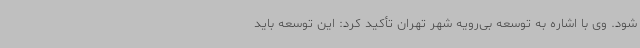
شود. وی با اشاره به توسعه بی‌رویه شهر تهران تأکید کرد: این توسعه باید